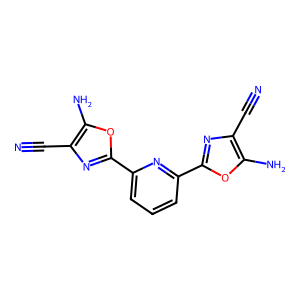
SMILES: N#Cc1nc(-c2cccc(-c3nc(C#N)c(N)o3)n2)oc1N
Inhibits HIV replication: No